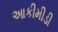
આકીમીડી